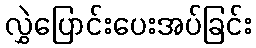
လွှဲပြောင်းပေးအပ်ခြင်း